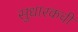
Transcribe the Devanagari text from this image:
सुधारकची